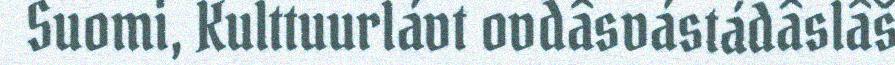
Suomi, Kulttuurlávt ovdâsvástádâslâš